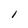
Character: l